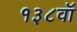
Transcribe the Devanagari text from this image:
१३८वॉ